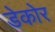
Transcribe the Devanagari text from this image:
डेकोर